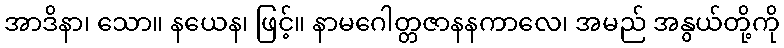
အာဒိနာ၊ သော။ နယေန၊ ဖြင့်။ နာမဂေါတ္တဇာနနကာလေ၊ အမည် အနွယ်တို့ကို